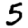
Digit: 5